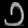
Digit: ၁